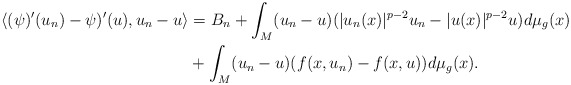
\begin{align*} \langle( \psi)'(u_{n})-\psi)'(u), u_{n}-u\rangle&= B_{n}+\int _{M} (u_{n}-u) (|u_{n}(x)|^{p-2}u_{n}- |u(x)|^{p-2}u)d\mu _g(x)\\ & +\int _{M} (u_{n}-u)(f(x,u_{n})-f(x,u))d\mu _g(x). \end{align*}